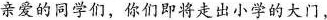
亲爱的同学们，你们即将走出小学的大门，